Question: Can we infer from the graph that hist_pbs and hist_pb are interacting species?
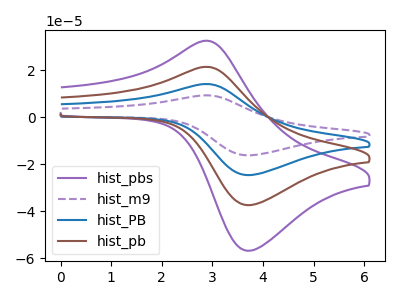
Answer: <think>The purple curve "hist_pbs" has an anodic peak at (2.85V, 32.50uA) and a cathodic peak at (3.70V, -56.80uA). The purple dashed curve "hist_m9" has an anodic peak at (2.85V, 64.20uA) and a cathodic peak at (3.70V, -112.25uA). The blue curve "hist_PB" has an anodic peak at (2.85V, 42.80uA) and a cathodic peak at (3.70V, -74.85uA). The brown curve "hist_pb" has an anodic peak at (2.85V, 21.40uA) and a cathodic peak at (3.70V, -37.40uA).
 All the peaks in "hist_pbs" have a peak in "hist_pb" at the same potential. Every peak in "hist_pbs" is higher than every peak in "hist_pb".</think>
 <answer>No, "hist_pbs" and "hist_pb" don't appear to be significantly different in shape</answer>
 <eval>no_change</eval>